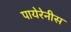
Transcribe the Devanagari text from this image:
पायेरेनीस